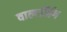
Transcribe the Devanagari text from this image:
वाल्टजिंग